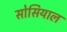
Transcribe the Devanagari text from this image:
सोसियाल